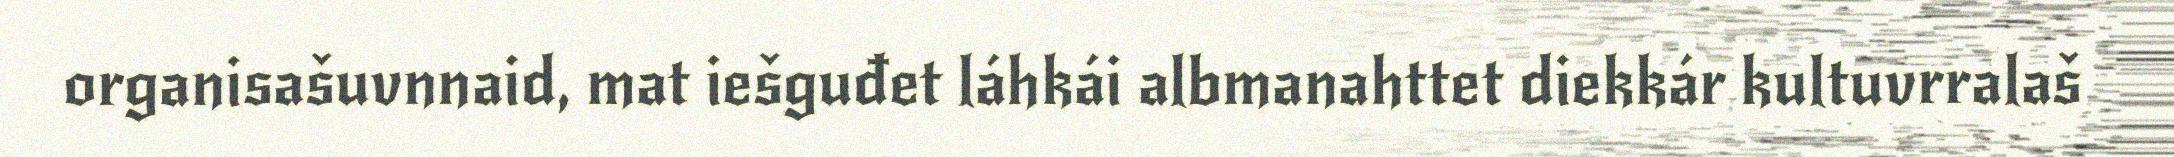
organisašuvnnaid, mat iešguđet láhkái albmanahttet diekkár kultuvrralaš